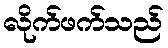
လိုက်ဖက်သည်